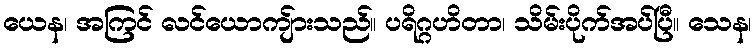
ယေန၊ အကြင် လင်ယောကျ်ားသည်။ ပရိဂ္ဂဟိတာ၊ သိမ်းပိုက်အပ်ပြီ။ သေန၊